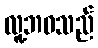
လူ့ဘဝသည်